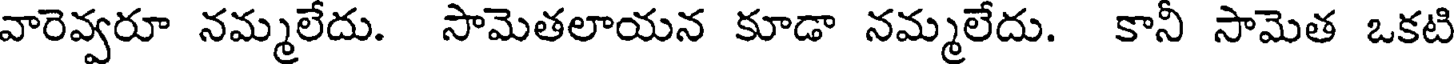
వారెవ్వరూ నమ్మలేదు. సామెతలాయన కూడా నమ్మలేదు. కానీ సామెత ఒకటి